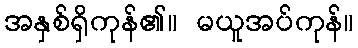
အနှစ်ရှိကုန်၏။ မယူအပ်ကုန်။